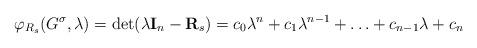
LaTeX: \begin{align*} \varphi_{R_s}(G^\sigma,\lambda)=\mathrm{det}(\lambda \textbf{I}_n-\textbf{R}_s) = c_0\lambda^n + c_1\lambda^{n-1} +\ldots+c_{n-1}\lambda+c_n \end{align*}